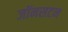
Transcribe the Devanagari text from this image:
जॉनसटन